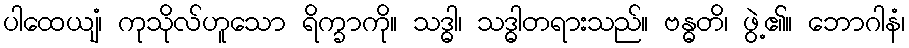
ပါထေယျံ၊ ကုသိုလ်ဟူသော ရိက္ခာကို။ သဒ္ဓါ၊ သဒ္ဓါတရားသည်။ ဗန္ဓတိ၊ ဖွဲ့၏။ ဘောဂါနံ၊